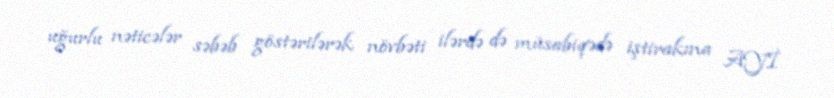
uğurlu nəticələr səbəb göstərilərək növbəti ilərdə də müsabiqədə iştirakına AYİ